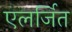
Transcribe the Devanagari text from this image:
एलर्जित